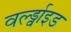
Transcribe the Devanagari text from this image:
वर्ल्ड्वाइड